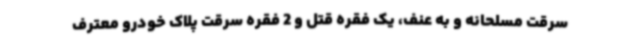
سرقت مسلحانه و به عنف، یک فقره قتل و 2 فقره سرقت پلاک خودرو معترف